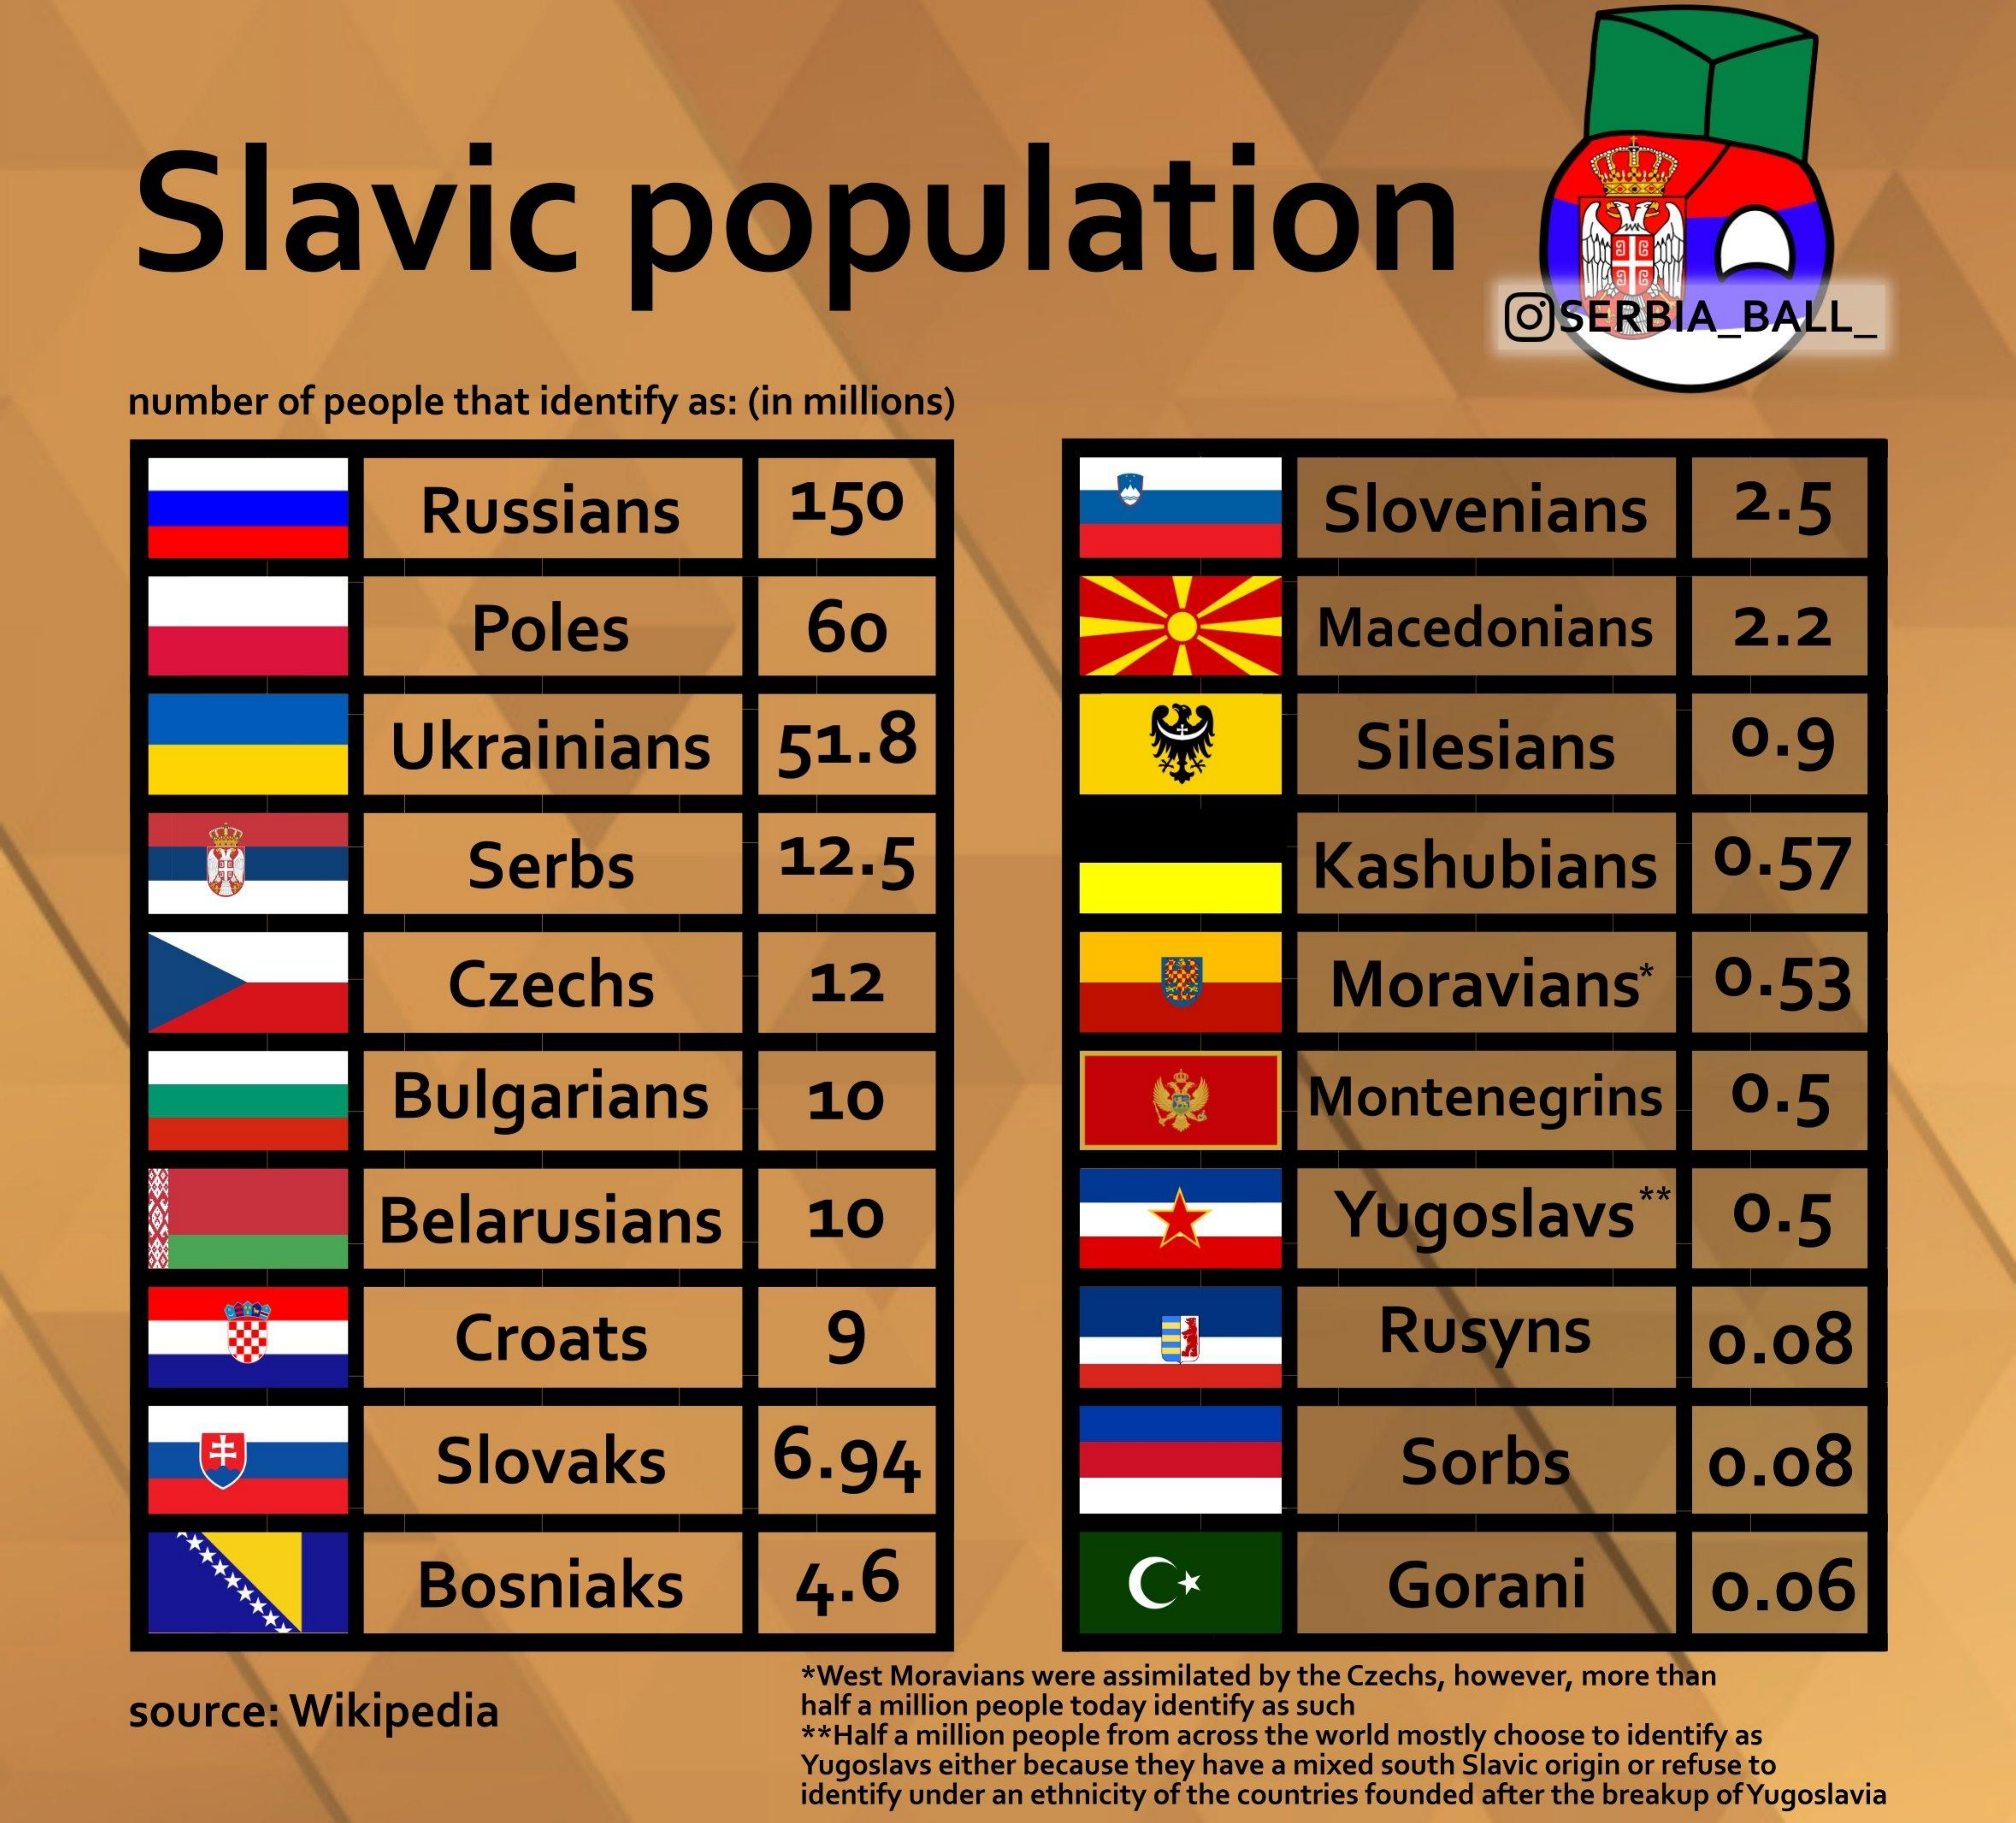
Slavic    population
     O   SERBIA_BALL_
     number   of people   that identify   as: (in millions)
     Russians    150    Slovenians    2.5
     Poles    60    Macedonians    2.2
     Ukrainians    51.8    Silesians    0.9
     Serbs    12.5    Kashubians    0.57
     Czechs    12    Moravians*    0.53
     Bulgarians    10    Montenegrins    0.5
     Belarusians    10    Yugoslavs
     **
     0.5
     Croats    9    Rusyns    0.08
     Slovaks    6.94    Sorbs    0.08
     *********    Bosniaks    4.6    C*    Gorani    0.06
     source:   Wikipedia
     *West Moravians were assimilated by the Czechs, however, more than
     half a million people today identify as such
     ** Half a million people from across the world mostly choose to identify as
     Yugoslavs either because they have a mixed south Slavic origin or refuse to
     identify under an ethnicity of the countries founded after the breakup of Yugoslavia